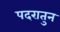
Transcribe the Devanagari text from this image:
पदरातुन